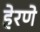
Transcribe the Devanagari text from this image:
हेरणे